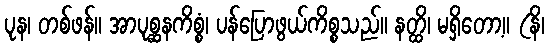
ပုန၊ တစ်ဖန်။ အာပုစ္ဆနကိစ္စံ၊ ပန်ပြောဖွယ်ကိစ္စသည်။ နတ္ထိ၊ မရှိတော့။ (နိ၊